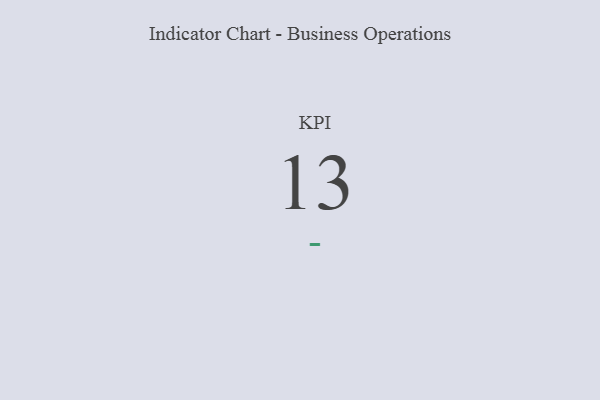
{"axis": {"x": "KPI", "y": "Value"}, "legend": [""], "data": [{"x": "KPI", "y": 13, "type": ""}]}